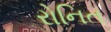
રોનિત